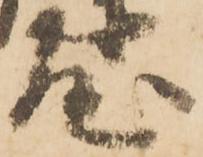
屋